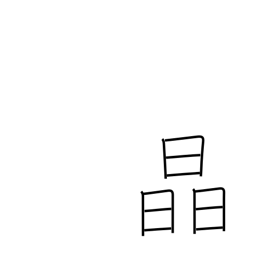
Meaning: crystal